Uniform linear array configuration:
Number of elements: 4
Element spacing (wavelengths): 1
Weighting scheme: binomial
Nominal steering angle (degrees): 45
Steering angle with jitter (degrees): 43.788
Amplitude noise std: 0.05
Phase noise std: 0.05

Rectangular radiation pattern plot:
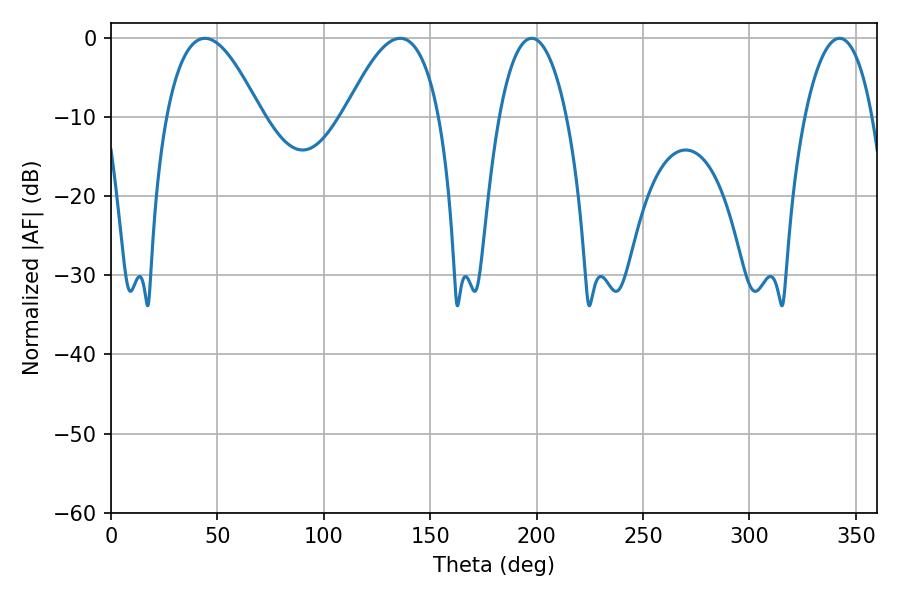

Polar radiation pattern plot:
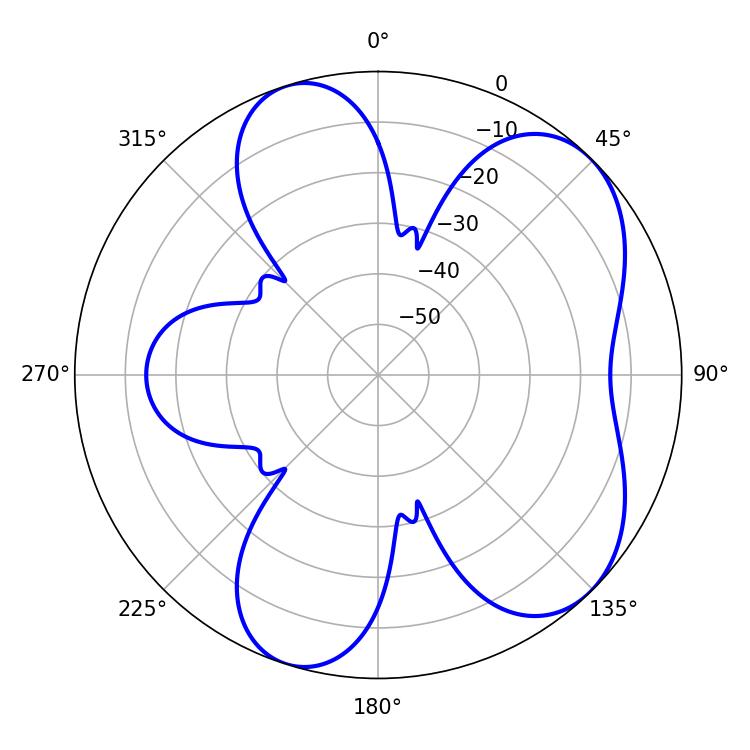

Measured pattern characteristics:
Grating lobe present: TRUE
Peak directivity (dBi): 6.379
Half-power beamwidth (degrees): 24.3
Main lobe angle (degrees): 44.1